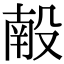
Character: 𬆩